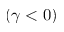
( \gamma < 0 )